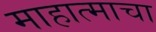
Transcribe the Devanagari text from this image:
माहात्माचा